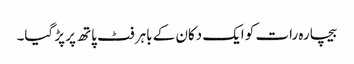
بیچارہ رات کو ایک دکان کے باہر فٹ پاتھ پر پڑ گیا۔